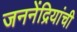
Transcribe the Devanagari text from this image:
जननेंद्रियांची